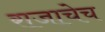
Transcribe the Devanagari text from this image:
राजाचेच